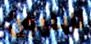
نابليون